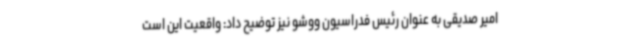
امیر صدیقی به عنوان رئیس فدراسیون ووشو نیز توضیح داد: واقعیت این است